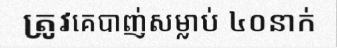
ត្រូវគេបាញ់សម្លាប់ ៤០នាក់